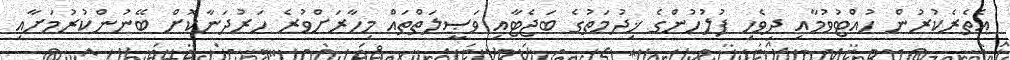
އެތެރެކުރުން ހުއްޓުވުމާއި ދިވެހި ފުލުހުންގެ ޚިދުމަތުގެ ބަޖެޓާއި ވަޞީލަތްތައް މިހާރަށްވުރެ ހަރުދަނާކޮށް ބޭނުންކުރުމަށާއި